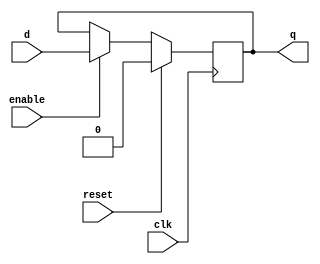
module dff (
    input clk,
    input reset,
    input enable,
    input d,
    output reg q
);

always @(posedge clk) begin
    if (reset)
        q <= 1'b0;
    else if (enable)
        q <= d;
end

endmodule